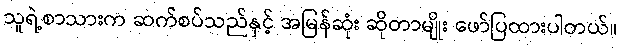
သူရဲ့စာသားက ဆက်စပ်သည်နှင့် အမြန်ဆုံး ဆိုတာမျိုး ဖော်ပြထားပါတယ်။